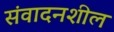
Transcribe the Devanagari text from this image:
संवादनशील